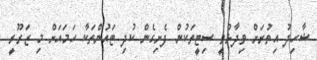
ޝާހިދު އިތުރަށް ވިދާޅުވީ ސިޓީތަކުން ފެށިގެން ކުދި ޓައުންތަކާ ހަމައަށް މި ޒަރޫރީ